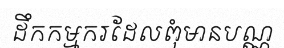
ដឹកកម្មករដែលពុំមានបណ្ណ